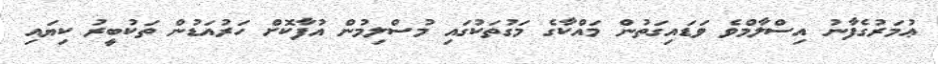
ޢުމަރުގެފާނު އިސްލާމްވެ ވަޑައިގަތުން މައްކާގެ މަގުތަކުގައި މުސްލިމުން އުފާކޮށް ހަރުއަޑުން ތަކުބީރު ކިޔައި